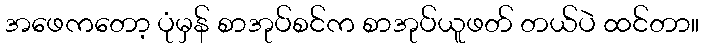
အဖေကတော့ ပုံမှန် စာအုပ်စင်က စာအုပ်ယူဖတ် တယ်ပဲ ထင်တာ။